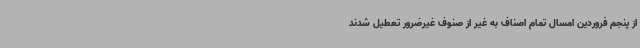
از پنجم فروردین امسال تمام اصناف به غیر از صنوف غیرضرور تعطیل شدند